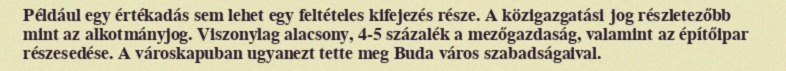
Például egy értékadás sem lehet egy feltételes kifejezés része. A közigazgatási jog részletezőbb mint az alkotmányjog. Viszonylag alacsony, 4-5 százalék a mezőgazdaság, valamint az építőipar részesedése. A városkapuban ugyanezt tette meg Buda város szabadságaival.